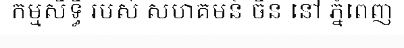
កម្មសិទ្ធិ របស់ សហគមន៍ ចិន នៅ ភ្នំពេញ